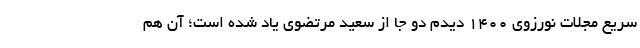
سریع مجلات نورزوی 1400 دیدم دو جا از سعید مرتضوی یاد شده است؛ آن هم